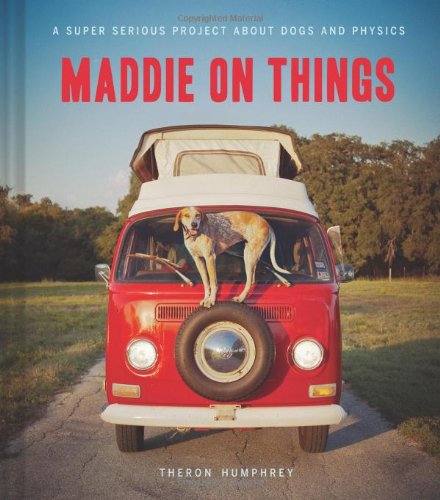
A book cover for Maddie on Things: A Super Serious Project About Dogs and Physics; Theron Humphrey; Travel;